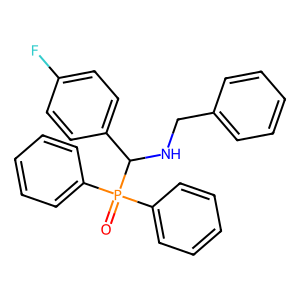
SMILES: O=P(c1ccccc1)(c1ccccc1)C(NCc1ccccc1)c1ccc(F)cc1
Inhibits HIV replication: No